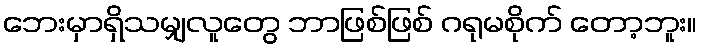
ဘေးမှာရှိသမျှလူတွေ ဘာဖြစ်ဖြစ် ဂရုမစိုက် တော့ဘူး။